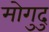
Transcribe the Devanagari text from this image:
मोगुदु